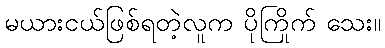
မယားငယ်ဖြစ်ရတဲ့လူက ပိုကြိုက် သေး။